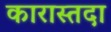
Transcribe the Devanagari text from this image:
कारास्तदा